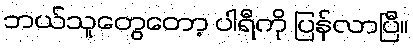
ဘယ်သူတွေတော့ ပါရီကို ပြန်လာပြီ။